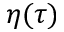
\eta ( \tau )